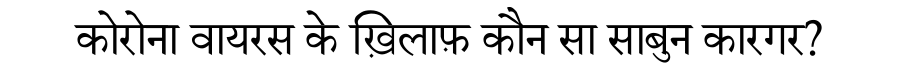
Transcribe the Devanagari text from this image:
कोरोना वायरस के ख़िलाफ़ कौन सा साबुन कारगर?